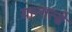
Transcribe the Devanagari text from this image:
यान्गत्से